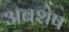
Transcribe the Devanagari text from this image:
अबशेष